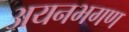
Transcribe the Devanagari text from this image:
अयनभगण